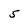
Character: 5